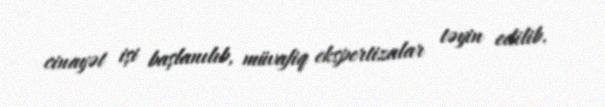
cinayət işi başlanılıb, müvafiq ekspertizalar təyin edilib.